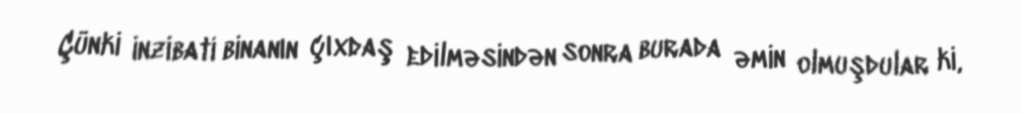
Çünki inzibati binanın çıxdaş edilməsindən sonra burada əmin olmuşdular ki,